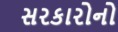
સરકારોનો